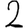
Digit: 2